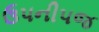
ઉપનીપજ